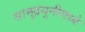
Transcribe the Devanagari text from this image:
सामुद्रधुनीमध्ये